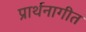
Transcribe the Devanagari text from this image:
प्रार्थनागीत